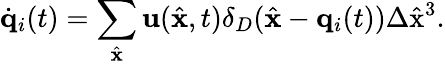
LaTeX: \dot{{\mathbf q}}_{i}(t)=\sum_{\hat{{\mathbf x}}}{\mathbf u}(\hat{{\mathbf x}},t)\delta_{D}(\hat{{\mathbf x}}-{\mathbf q}_{i}(t))\Delta\hat{\mathrm{x}}^{3}.